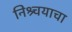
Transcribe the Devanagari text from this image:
निश्र्चयाचा